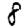
Digit: 8